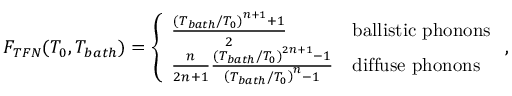
F _ { T F N } ( T _ { 0 } , T _ { b a t h } ) = \left\{ \begin{array} { l l } { \frac { \left( T _ { b a t h } / T _ { 0 } \right) ^ { n + 1 } + 1 } { 2 } } & { \mathrm { b a l l i s t i c \ p h o n o n s } } \\ { \frac { n } { 2 n + 1 } \frac { \left( T _ { b a t h } / T _ { 0 } \right) ^ { 2 n + 1 } - 1 } { \left( T _ { b a t h } / T _ { 0 } \right) ^ { n } - 1 } } & { \mathrm { d i f f u s e \ p h o n o n s } } \end{array} \right. ,